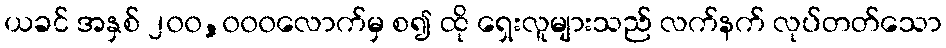
ယခင် အနှစ် ၂၀၀,၀၀၀လောက်မှ စ၍ ထို ရှေးလူများသည် လက်နက် လုပ်တတ်သော